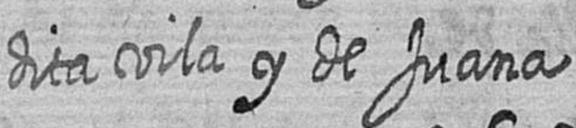
dita vila y de Juana